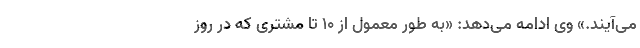
می‌آیند.» وی ادامه می‌دهد: «به طور معمول از ۱۰ تا مشتری که در روز